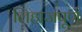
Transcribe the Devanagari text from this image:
लिहाजपूर्ण